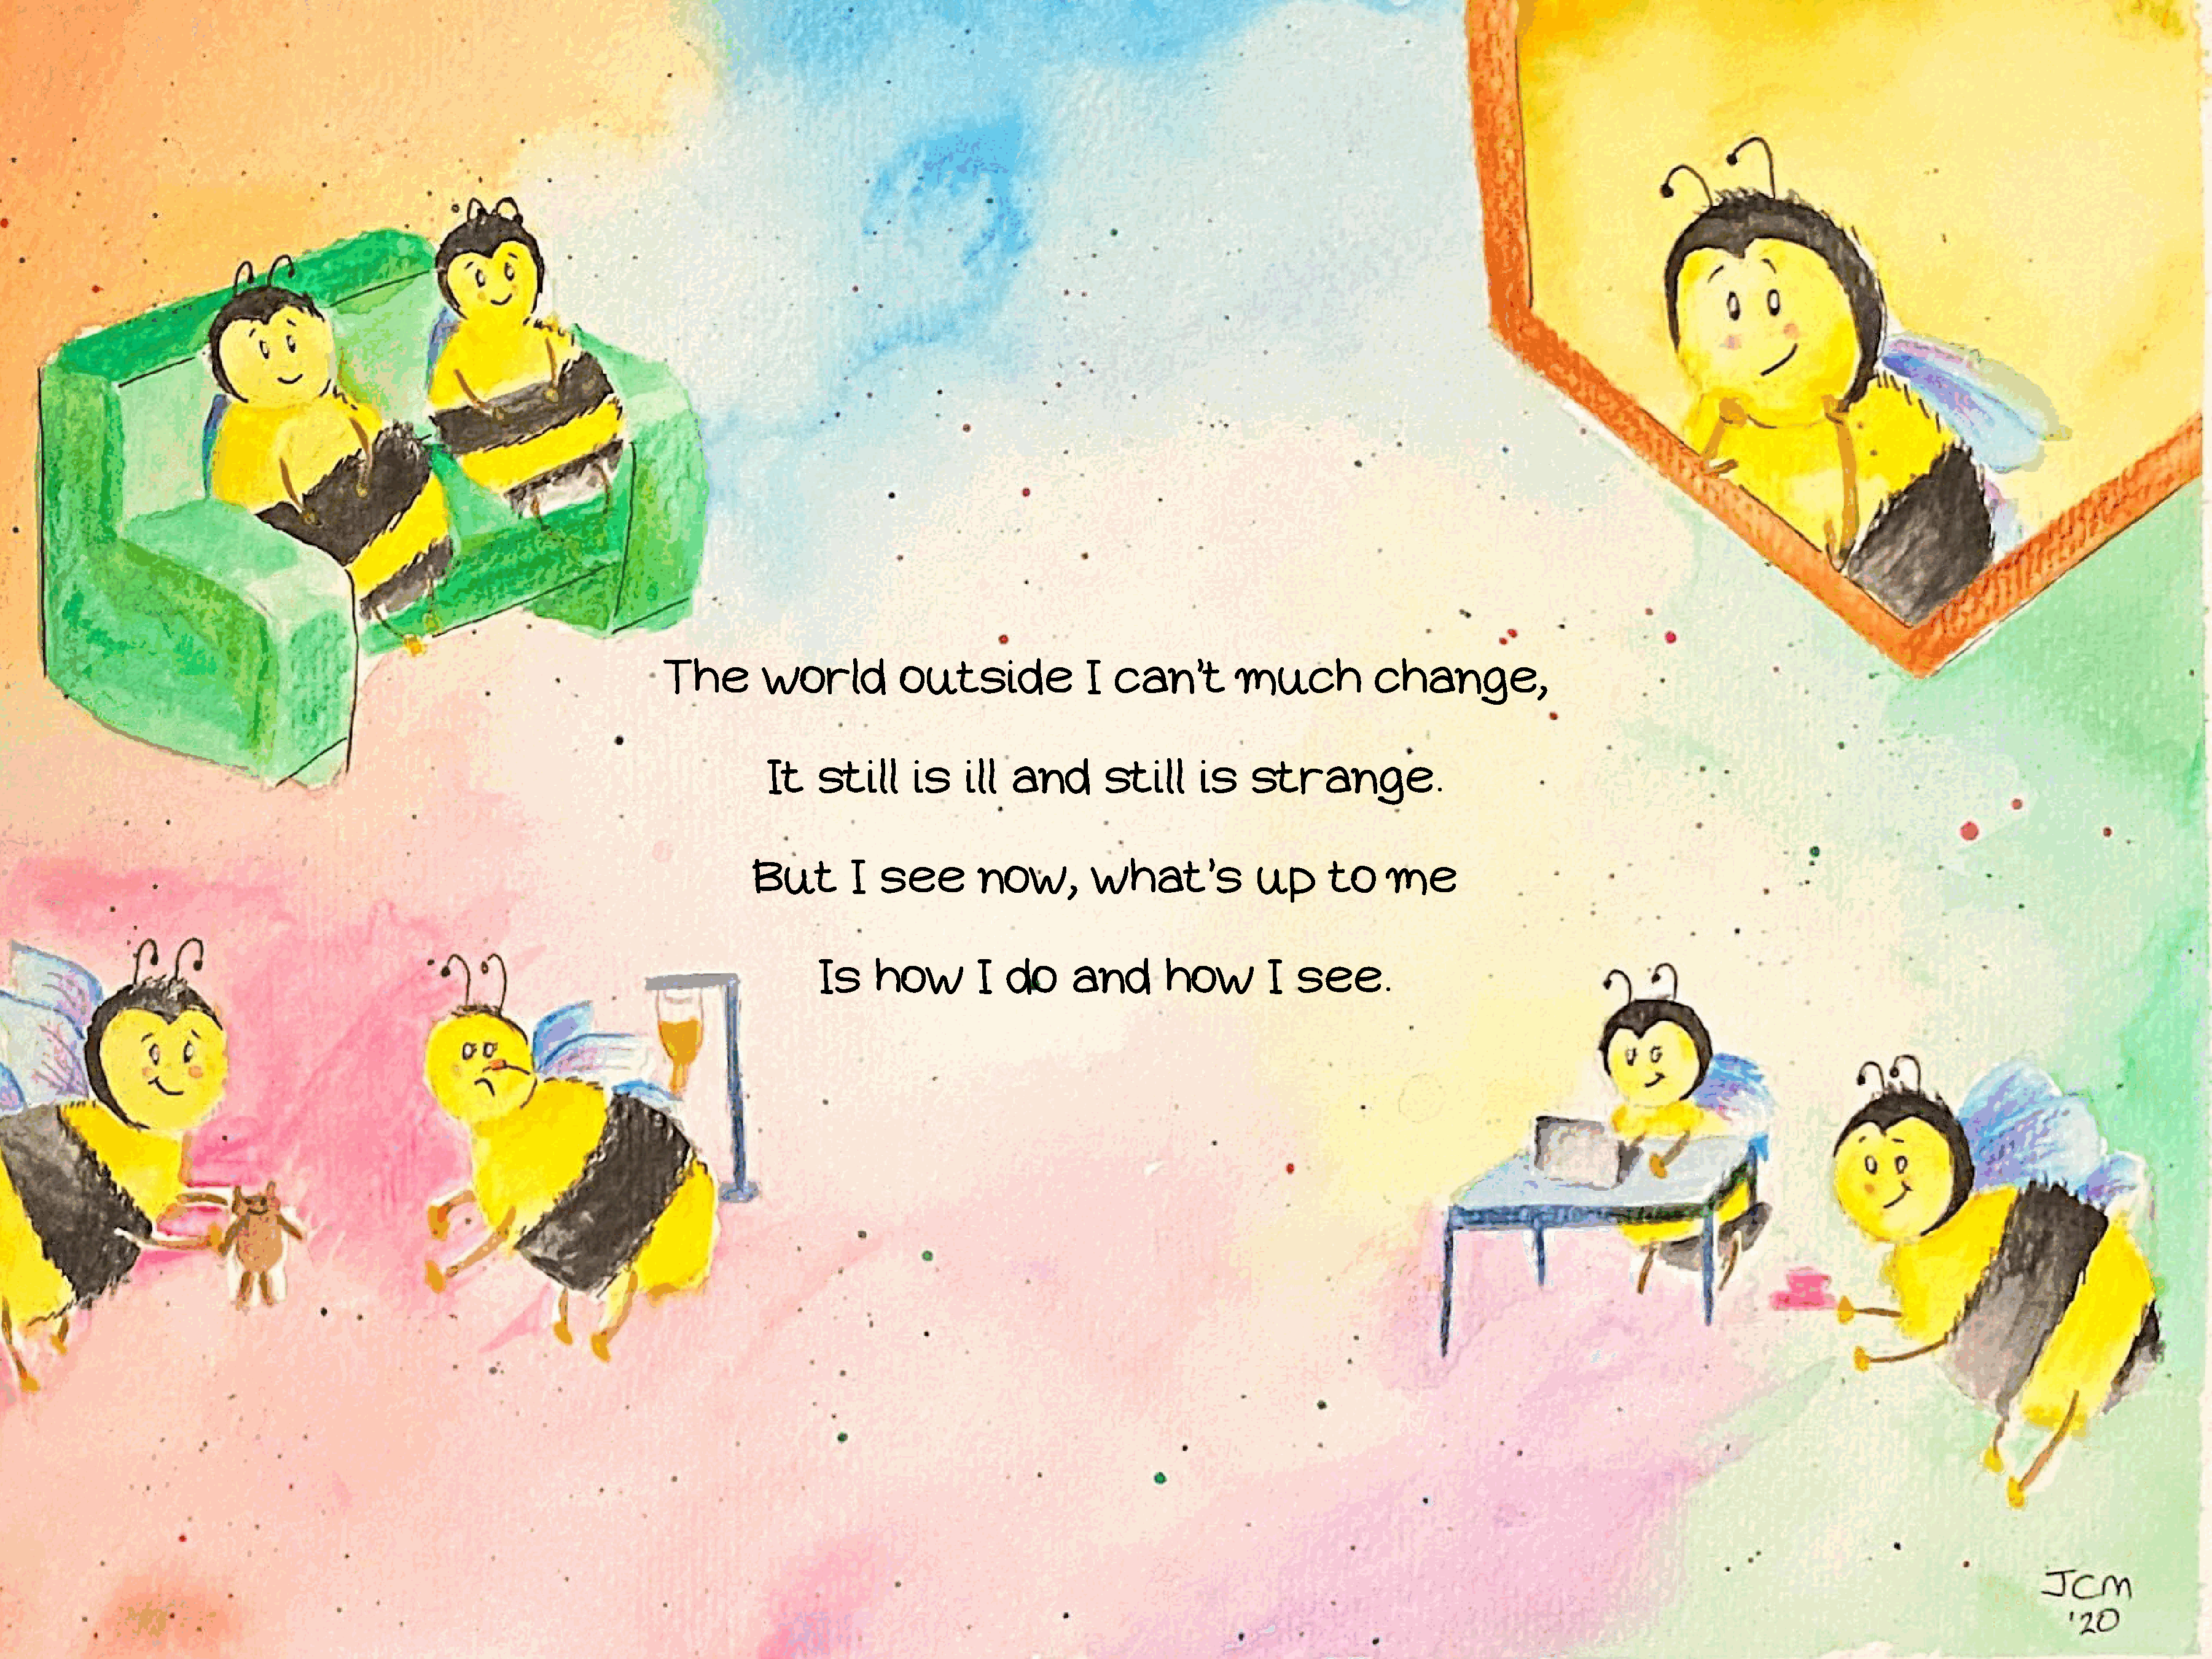
The        world          outside             I  can’t         much          change,
 It   still     is    ill  and       still     is    strange.
 But        I  see        now,        what’s           up      to     me
 Is    how        I   do     and       how        I  see.